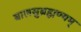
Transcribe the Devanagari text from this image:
बालसुब्रह्मण्यम्